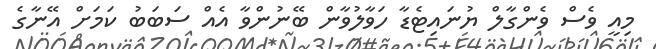
މިއީ ވެސް ވެންގާލް ޔުނައިޓެޑާ ހަވާލުވާން ބޭނުންވާ އެއް ސަބަބު ކަމަށް އޭނާގެ